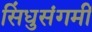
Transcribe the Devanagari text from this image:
सिंधुसंगमीं